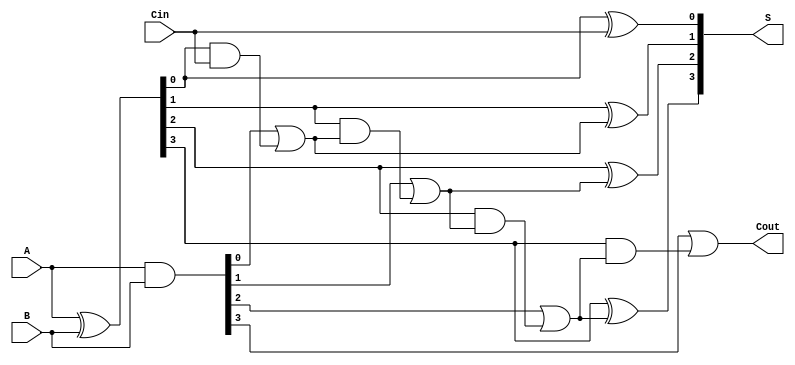
module VLCLA_4bit (
    input [3:0] A,
    input [3:0] B,
    input Cin,
    output reg [3:0] S,
    output reg Cout
);

    // Intermediate signals for generate and propagate
    wire [3:0] G;
    wire [3:0] P;

    // Carry signals
    wire [4:0] C; // C[0] is Cin, C[4] is Cout

    // Generate and Propagate calculations
    assign G = A & B;     // Generate
    assign P = A ^ B;     // Propagate

    // Carry signals computation
    assign C[0] = Cin; // Carry-in
    assign C[1] = G[0] | (P[0] & C[0]);
    assign C[2] = G[1] | (P[1] & C[1]);
    assign C[3] = G[2] | (P[2] & C[2]);
    assign C[4] = G[3] | (P[3] & C[3]);

    // Sum calculations
    always @(*) begin
        S[0] = P[0] ^ C[0];
        S[1] = P[1] ^ C[1];
        S[2] = P[2] ^ C[2];
        S[3] = P[3] ^ C[3];
        Cout = C[4]; // Carry-out
    end

endmodule